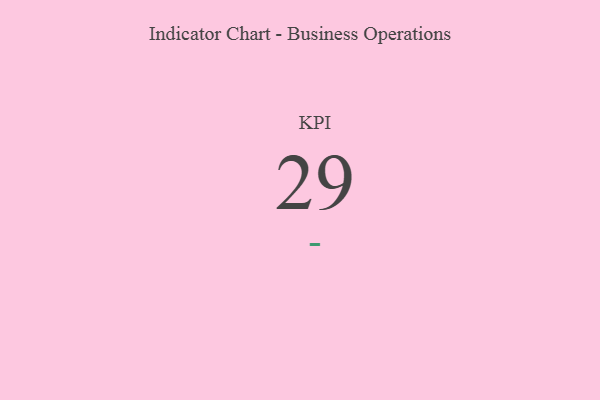
{"axis": {"x": "KPI", "y": "Value"}, "legend": [""], "data": [{"x": "KPI", "y": 29, "type": ""}]}